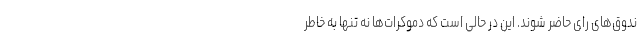
ندوق‌های رای حاضر شوند. این در حالی است که دموکرات‌ها نه تنها به خاطر